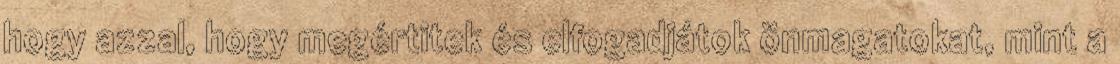
hogy azzal, hogy megértitek és elfogadjátok önmagatokat, mint a